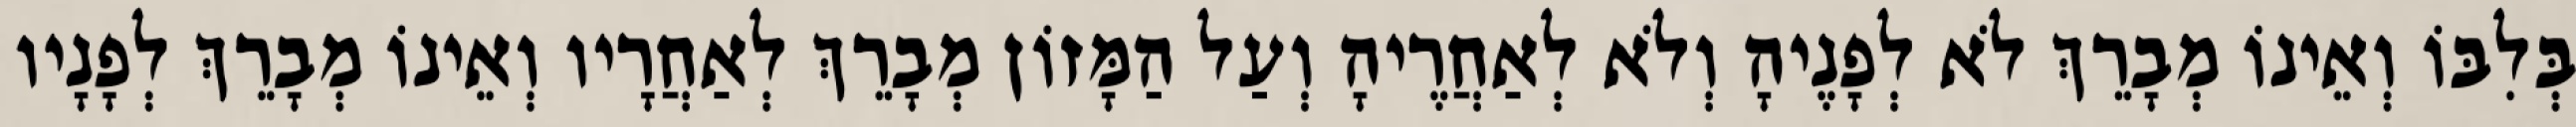
בְּלִבּוֹ וְאֵינוֹ מְבָרֵךְ לֹא לְפָנֶיהָ וְלֹא לְאַחֲרֶיהָ וְעַל הַמָּזוֹן מְבָרֵךְ לְאַחֲרָיו וְאֵינוֹ מְבָרֵךְ לְפָנָיו